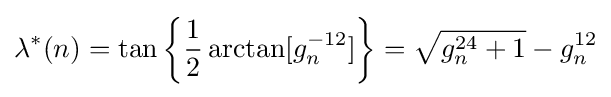
\lambda ^{*}(n)=\tan \left\{{\frac {1}{2}}\arctan[g_{n}^{-12}]\right\}={\sqrt {g_{n}^{24}+1}}-g_{n}^{12}